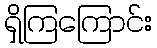
ရှိကြကြောင်း